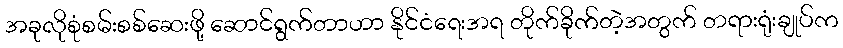
အခုလိုစုံစမ်းစစ်ဆေးဖို့ ဆောင်ရွက်တာဟာ နိုင်ငံရေးအရ တိုက်ခိုက်တဲ့အတွက် တရားရုံးချုပ်က